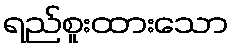
ရည်စူးထားသော